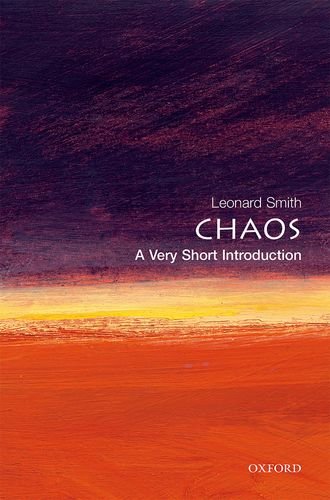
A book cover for Chaos: A Very Short Introduction; Lenny Smith; Science & Math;